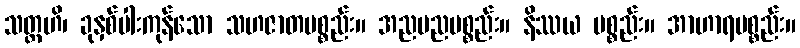
သတ္တဟိ၊ ခုနှစ်ပါးကုန်သော သဟဇာတပစ္စည်း။ အညမညပစ္စည်း။ နိဿယ ပစ္စည်း။ အာဟာရပစ္စည်း။